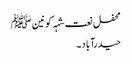
محفل نعت شہہ کونین ﷺ
حیدرآباد ۔